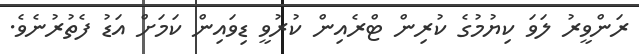
ރަންވީރު ލަވަ ކިޔުމުގެ ކުރިން ޓްރެއިން ކުރުވީ ޑިވައިން ކަމަށް އަޑު ފެތުރުނެވެ.